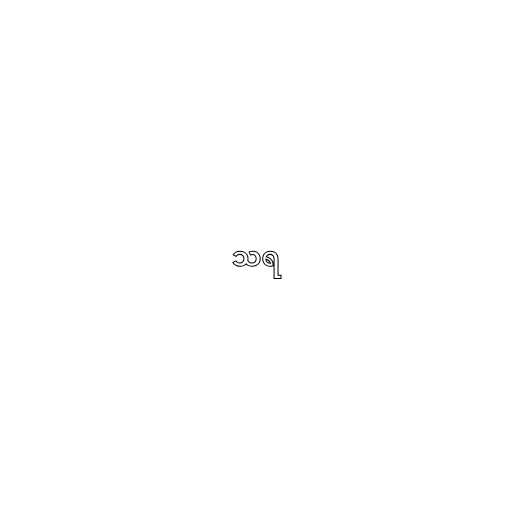
သရ